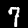
Digit: 7